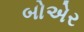
બોએર